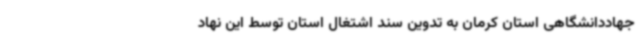
جهاددانشگاهی استان کرمان به تدوین سند اشتغال استان توسط این نهاد